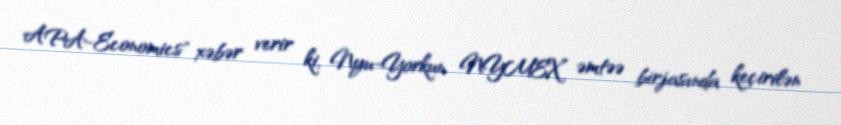
APA-Economics" xəbər verir ki, Nyu-Yorkun NYMEX əmtəə birjasında keçirilən